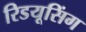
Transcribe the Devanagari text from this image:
रिडयूसिंग